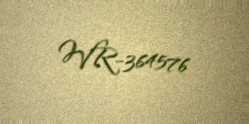
WR-364576